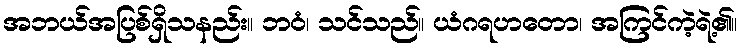
အဘယ်အပြစ်ရှိသနည်း။ ဘဝံ၊ သင်သည်။ ယံဂရဟတော၊ အကြင်ကဲ့ရဲ့၏။